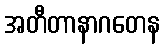
အတီတာနာဂတေန